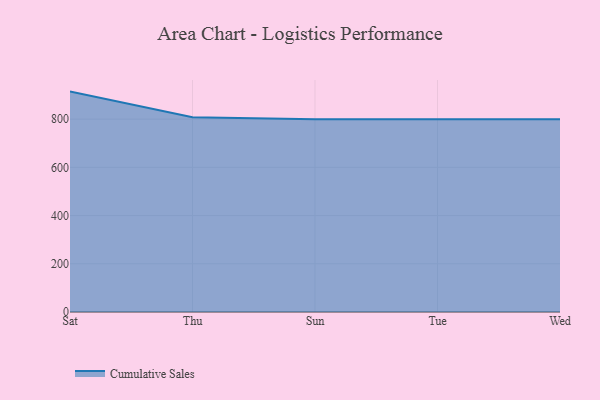
{"axis": {"x": "Day", "y": "Tickets Resolved"}, "legend": ["Cumulative Sales"], "data": [{"x": "Sat", "y": 914.2, "type": "Cumulative Sales"}, {"x": "Thu", "y": 807.7, "type": "Cumulative Sales"}, {"x": "Sun", "y": 800, "type": "Cumulative Sales"}, {"x": "Tue", "y": 800, "type": "Cumulative Sales"}, {"x": "Wed", "y": 800, "type": "Cumulative Sales"}]}